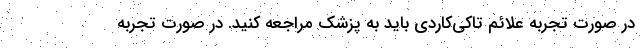
در صورت تجربه علائم تاکی‌کاردی باید به پزشک مراجعه کنید. در صورت تجربه